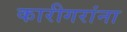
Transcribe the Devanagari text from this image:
कारीगरांना